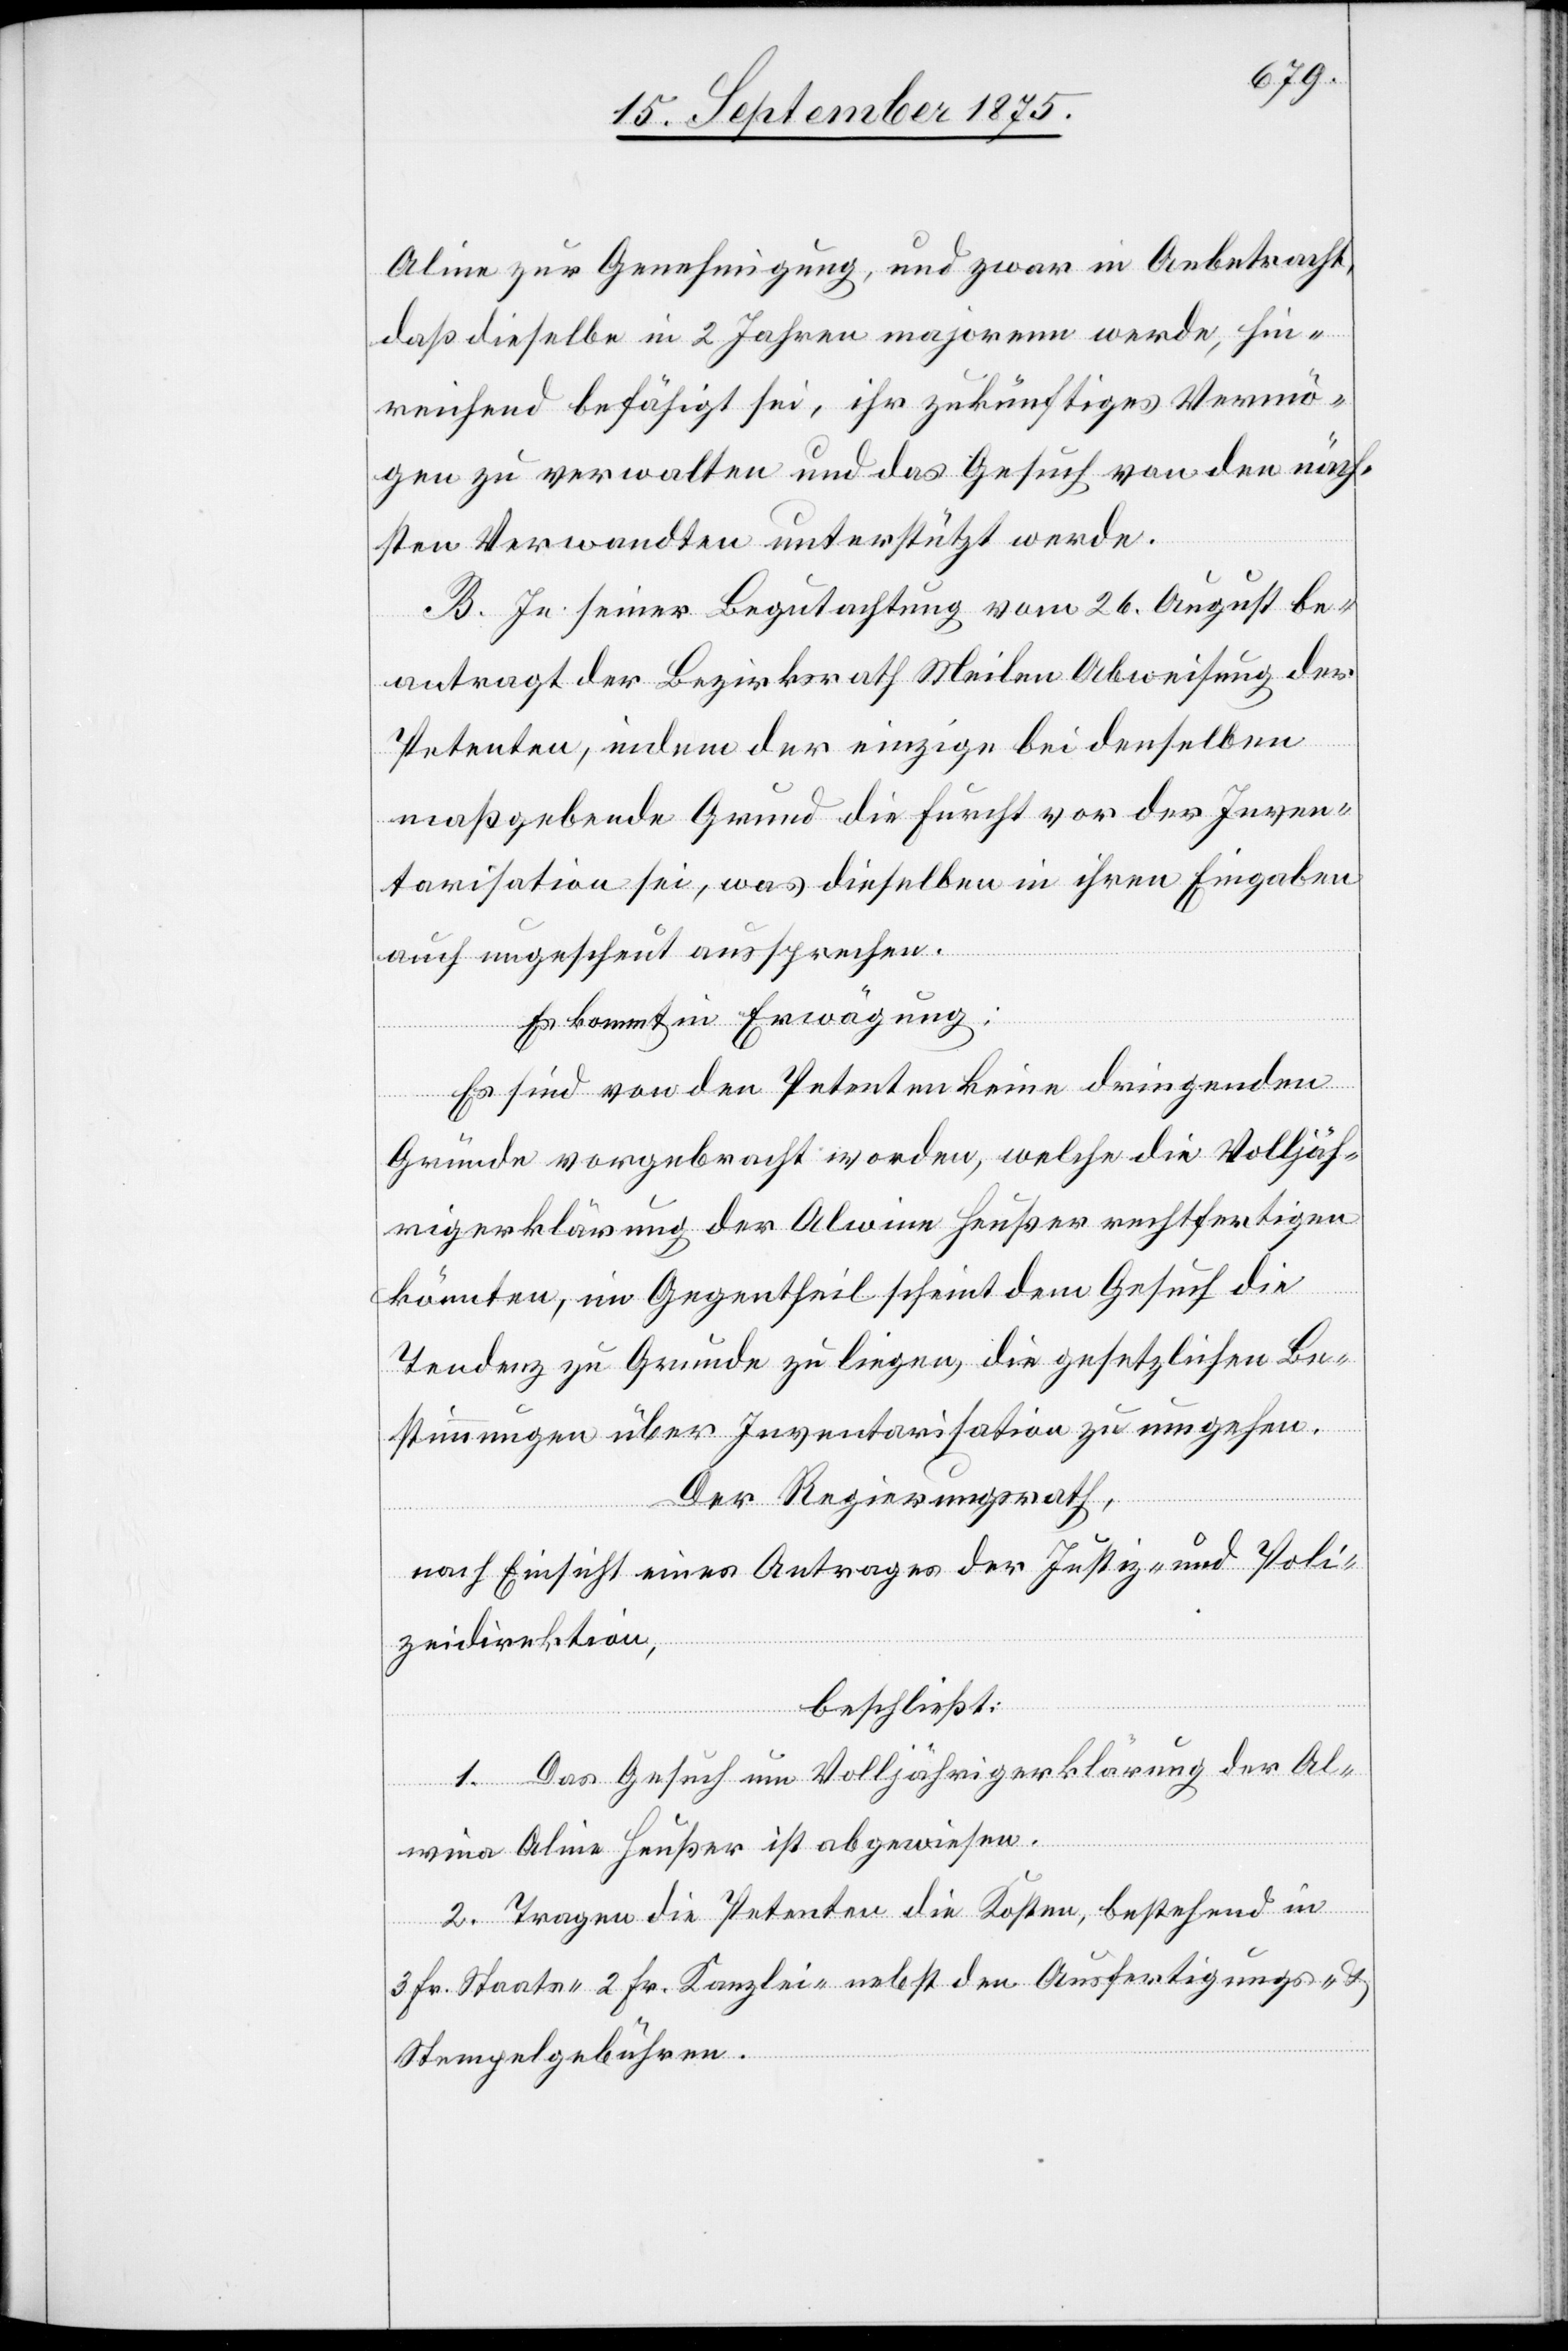
Aline zur Genehmigung, und zwar in Anbetracht,
daß dieselbe in 2 Jahren majorenn werde, hin¬
reichend befähigt sei, ihr zukünftiges Vermö¬
gen zu verwalten und das Gesuch von den näch¬
sten Verwandten unterstützt werde.
B. In seiner Begutachtung vom 26. August be¬
antragt der Bezirksrath Meilen Abweisung der
Petenten, indem der einzige bei denselben
maßgebende Grund die Furcht vor der Inven¬
tarisation sei, was dieselben in ihren Eingaben
auch ungescheut aussprechen.
Es kommt in Erwägung:
Es sind von den Petenten keine dringenden
Gründe vorgebracht worden, welche die Volljäh¬
rigerklärung der Alwine Heußer rechtfertigen
könnten, im Gegentheil scheint dem Gesuch die
Tendenz zu Grunde zu liegen, die gesetzlichen Be¬
stimmungen über Inventarisation zu umgehen.
Der Regierungsrath,
nach Einsicht eines Antrages der Justiz- und Poli¬
zeidirektion,
beschließt:
wina
1. Das Gesuch um Volljährigerklärung der Al¬
[sic!] Aline Heußer ist abgewiesen.
2. Tragen die Petenten die Kosten, bestehend in
3 Fr. Staats- 2 Fr. Kanzlei- nebst den Ausfertigungs- &
Stempelgebühren.